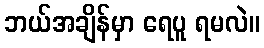
ဘယ်အချိန်မှာ ရေပူ ရမလဲ။